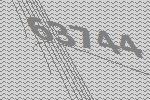
63744